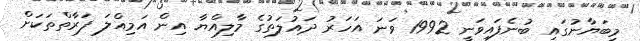
މިބަޔާނުގައި ބުނެފައިވަނީ 1992 ވަނަ އަހަރު ދައުލަތުގެ މާލިއްޔާ އިން އަމިއްލަ ފަރާތްތަކަށް